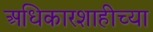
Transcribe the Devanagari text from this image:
अधिकारशाहीच्या